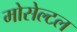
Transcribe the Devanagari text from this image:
मोसेल्टल